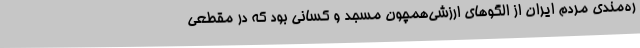
ره‌مندی مردم ایران از الگوهای ارزشی‌همچون مسجد و کسانی بود که در مقطعی